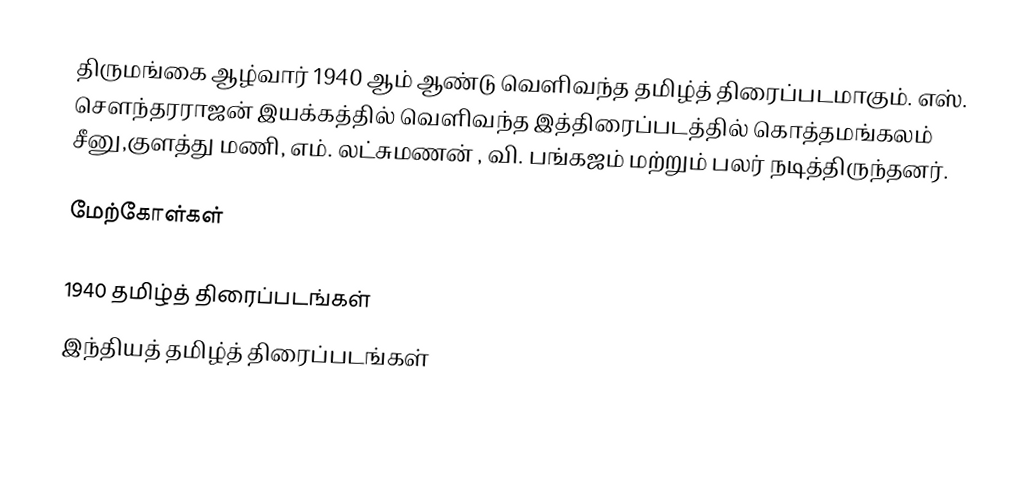
திருமங்கை ஆழ்வார் 1940 ஆம் ஆண்டு வெளிவந்த தமிழ்த் திரைப்படமாகும். எஸ். சௌந்தரராஜன் இயக்கத்தில் வெளிவந்த இத்திரைப்படத்தில் கொத்தமங்கலம் சீனு,குளத்து மணி, எம். லட்சுமணன் , வி. பங்கஜம் மற்றும் பலர் நடித்திருந்தனர்.

மேற்கோள்கள்

1940 தமிழ்த் திரைப்படங்கள்
இந்தியத் தமிழ்த் திரைப்படங்கள்